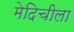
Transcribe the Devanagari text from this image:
मेदिचीला